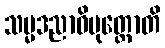
သမ္မဒညာဝိမုတ္တောတိ